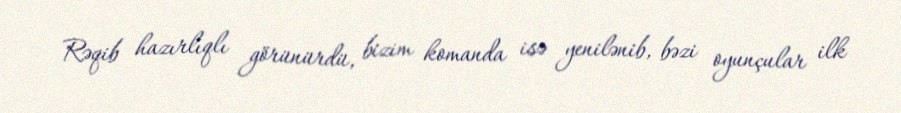
Rəqib hazırlıqlı görünürdü, bizim komanda isə yenilənib, bəzi oyunçular ilk